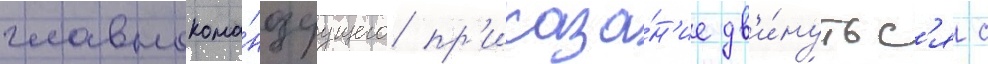
главнокома́ндуущего пр'иказа́н'ие дв'и́нутьс'я с